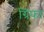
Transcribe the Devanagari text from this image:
ग्रिफा